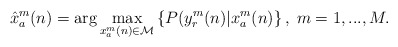
\begin{align*} \hat x^m_a(n) = {\rm arg} \max_{x^m_a(n)\in \mathcal{M}} \left\{ P(y^m_r(n)|x^m_a(n) \right\}, \; m=1,...,M.\end{align*}